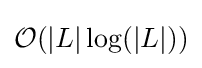
{\mathcal {O}}(|L|\log(|L|))